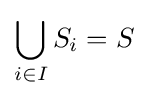
\bigcup _{i\in I}S_{i}=S